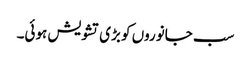
سب جانوروں کو بڑی تشویش ہوئی۔